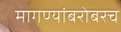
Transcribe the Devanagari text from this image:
मागण्यांबरोबरच